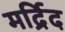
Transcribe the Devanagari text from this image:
मर्द्रिद